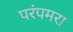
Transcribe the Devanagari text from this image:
परंपमरा